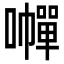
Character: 𡃐